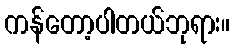
ကန်တော့ပါတယ်ဘုရား။